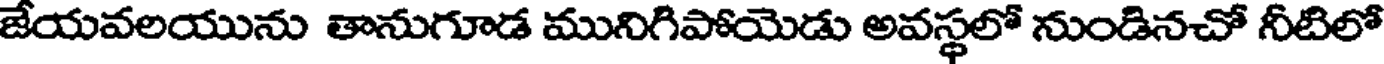
జేయవలయును తానుగూడ మునిగిపోయెడు అవస్థలో నుండినచో నీటిలో